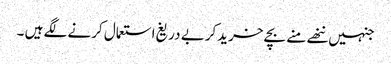
جنہیں ننھے منے بچے خریدکربے دریغ استعمال کرنے لگے ہیں ۔